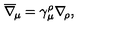
\overline { \nabla } _ { \! \mu } = \gamma _ { \mu } ^ { \rho } \nabla _ { \! \rho } ,